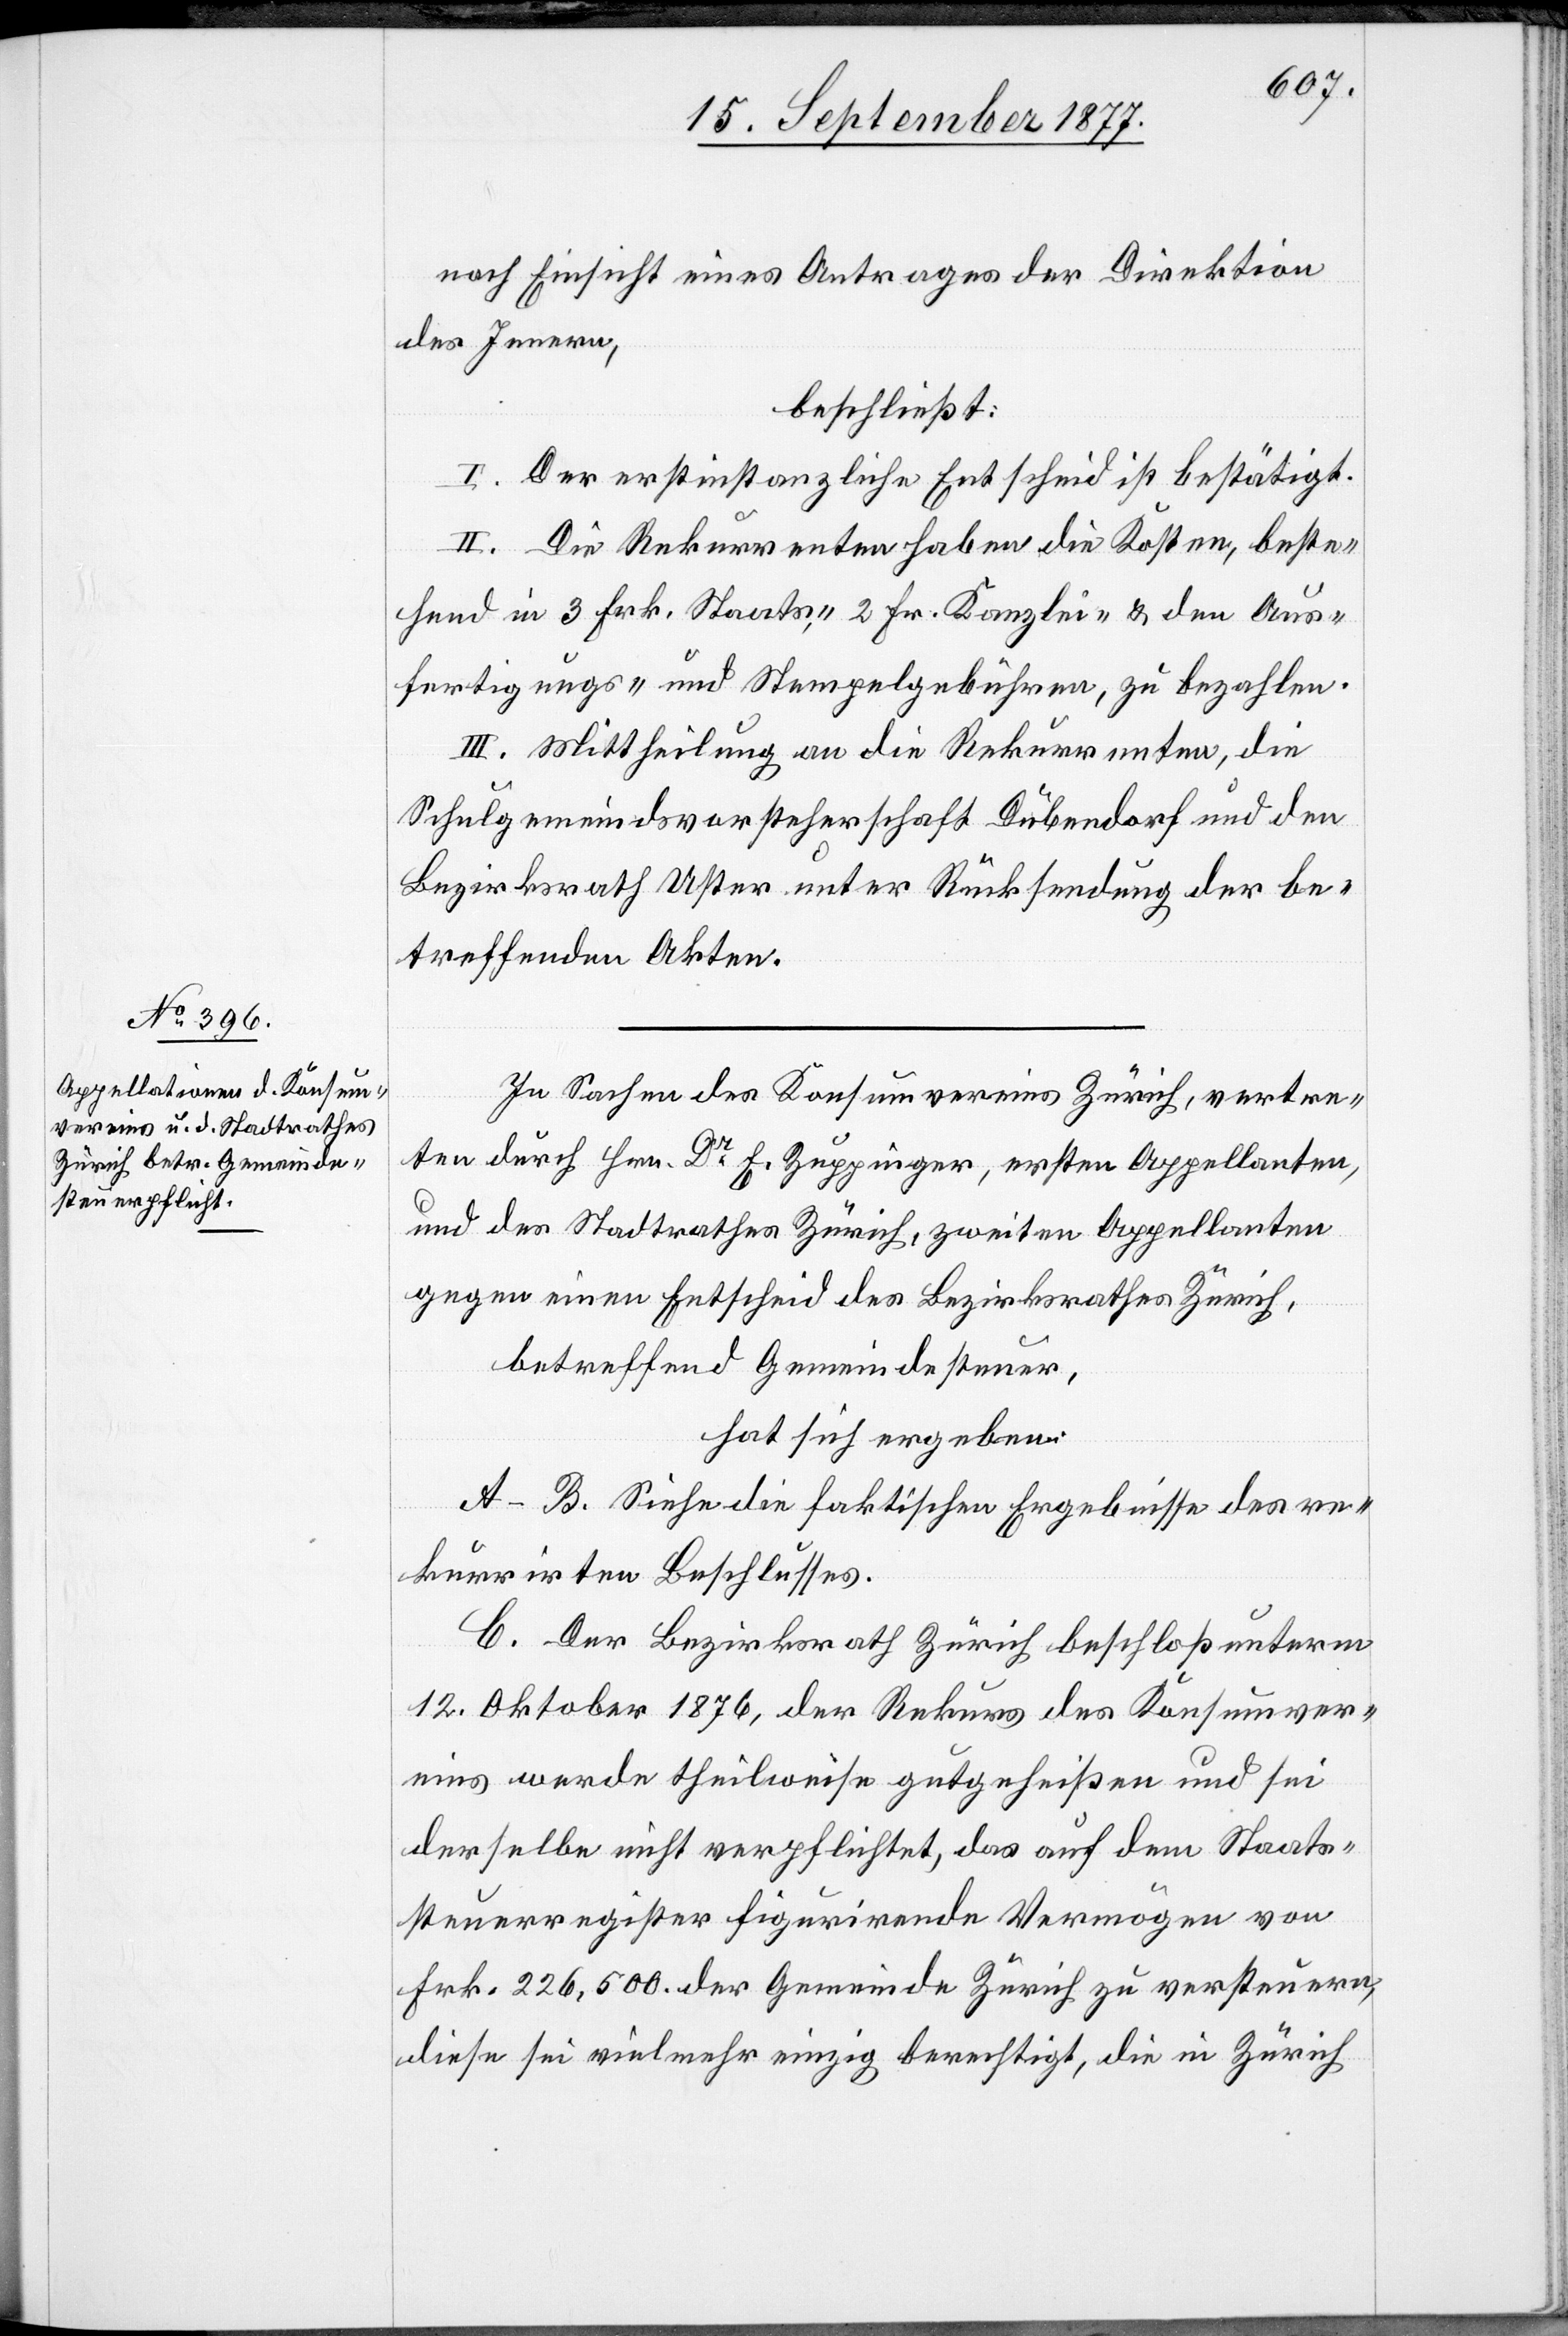
nach Einsicht eines Antrages der Direktion
des Innern,
beschließt:
I. Der erstinstanzliche Entscheid ist bestätigt.
II. Die Rekurrenten haben die Kosten, beste¬
hend in 3 Frk. Staats-, 2 Fr. Kanzlei- & den Aus¬
fertigungs- und Stempelgebühren, zu bezahlen.
III. Mittheilung an die Rekurrenten, die
Schulgemeindsvorsteherschaft Dübendorf und den
Bezirksrath Uster unter Rücksendung der be¬
treffenden Akten.
In Sachen des Konsumvereins Zürich, vertre¬
ten durch Hrn. Dr E. Zuppinger, ersten Appellanten,
und des Stadtrathes Zürich, zweiten Appellanten
gegen einen Entscheid des Bezirksrathes Zürich,
betreffend Gemeindesteuer,
hat sich ergeben:
A–B. Siehe die faktischen Ergebnisse des re¬
kurrirten Beschlusses.
C. Der Bezirksrath Zürich beschloß unterm
12. Oktober 1876, der Rekurs des Konsumver¬
eins werde theilweise gutgeheißen und sei
derselbe nicht verpflichtet, das auf dem Staats¬
steuerregister figurirende Vermögen von
Frk. 226,500. der Gemeinde Zürich zu versteuern,
diese sei vielmehr einzig berechtigt, die in Zürich